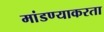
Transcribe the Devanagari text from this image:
मांडण्याकरता